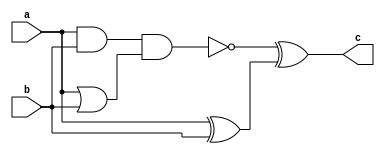
module complex_logic_gate (
    input wire a,
    input wire b,
    output wire c
);

wire d, e, f;

assign d = a & b; // AND gate
assign e = a | b; // OR gate
assign f = a ^ b; // XOR gate

assign c = ~(d & e) ^ f; // NOT operation to invert the output of certain logic functions

endmodule